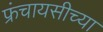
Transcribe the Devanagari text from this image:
फ्रंचायसीच्या